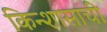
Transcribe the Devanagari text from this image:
किन्शासाची